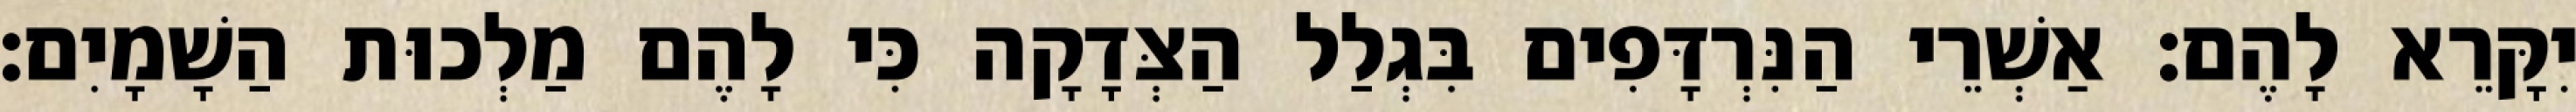
יִקָּרֵא לָהֶם׃ אַשְׁרֵי הַנִּרְדָּפִים בִּגְלַל הַצְּדָקָה כִּי לָהֶם מַלְכוּת הַשָׁמָיִם׃